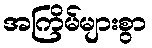
အကြိမ်များစွာ